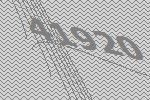
41920